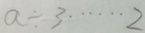
a \div 3 \cdots 2